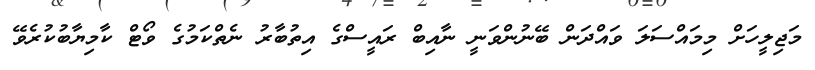
މަޖިލީހަށް މިމައްސަލަ ވައްދަން ބޭނުންވަނީ ނާއިބް ރައީސްގެ އިތުބާރު ނެތްކަމުގެ ވޯޓް ކާމިޔާބުކުރެވޭ